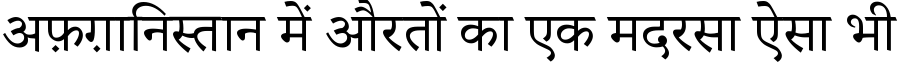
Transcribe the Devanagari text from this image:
अफ़ग़ानिस्तान में औरतों का एक मदरसा ऐसा भी